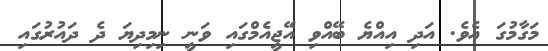
މަގާމުގަ އެވެ. އަދި އިއްޔެ ބޭއްވި އޭޖީއެމްގައި ވަނީ ނިމިދިޔަ ދެ ދައުރުގައި